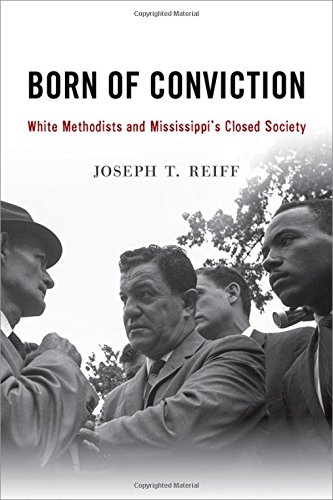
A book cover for Born of Conviction: White Methodists and Mississippi's Closed Society; Joseph T. Reiff; Christian Books & Bibles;